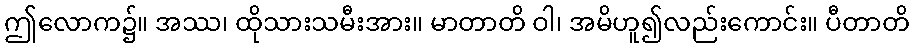
ဤလောက၌။ အဿ၊ ထိုသားသမီးအား။ မာတာတိ ဝါ၊ အမိဟူ၍လည်းကောင်း။ ပီတာတိ